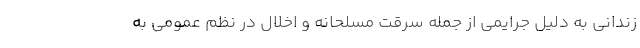
زندانی به دلیل جرایمی از جمله سرقت مسلحانه و اخلال در نظم عمومی به